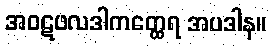
အဝဋဖလဒါကတ္ထေရ အပဒါန။